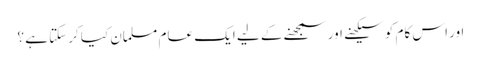
اور اس کام کو سیکھنے اور سمجھنے کے لیے ایک عام مسلمان کیا کرسکتا ہے ؟